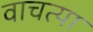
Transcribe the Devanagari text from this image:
वाचत्या